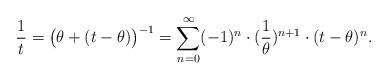
LaTeX: \begin{align*}\frac{1}{t} =\big(\theta + (t-\theta)\big)^{-1} = \sum_{n=0}^\infty (-1)^n\cdot (\frac{1}{\theta})^{n+1} \cdot (t-\theta)^n.\end{align*}